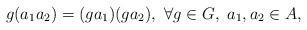
LaTeX: \begin{align*}g(a_1a_2) = (ga_1)(ga_2), \ \forall g \in G, \ a_1, a_2 \in A,\end{align*}